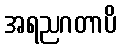
အရညဂတာပိ